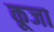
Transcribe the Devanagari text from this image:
कूजा